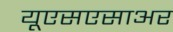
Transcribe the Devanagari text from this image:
यूएसएसाअर